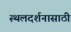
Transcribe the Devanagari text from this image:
स्थलदर्शनासाठी